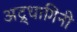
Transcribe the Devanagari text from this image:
अद्र्धागिनी